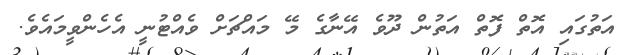
އަތުގައި އޮތް ފޮތް އަތުން ދޫވެ އޭނާގެ މޭ މައްޗަށް ވެއްޓުނީ އެހެންވީމައެވެ.